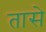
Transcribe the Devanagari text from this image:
तासे